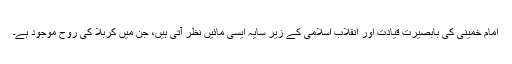
امام خمینی کی بابصیرت قیادت اور انقلاب اسلامی کے زیر سایہ ایسی مائیں نظر آتی ہیں، جن میں کربلا کی روح موجود ہے۔